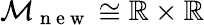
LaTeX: \mathcal{M}_{\mathrm{~n~e~w~}}\cong\mathbb{R}\times\mathbb{R}